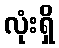
လုံးရှိ